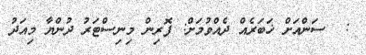
:  ސަންއަށް ޚަބަރެއް ދެއްވުމަށް: ފޮރިން މިނިސްޓަރު ދުންޔާ މިއަދު